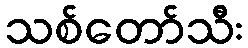
သစ်တော်သီး